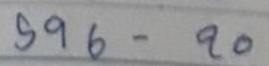
596 - 20